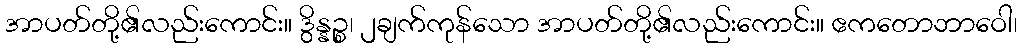
အာပတ်တို့၏လည်းကောင်း။ ဒွိန္နဉ္စ၊ ၂ချက်ကုန်သော အာပတ်တို့၏လည်းကောင်း။ ဧကတောဘာဝေါ၊